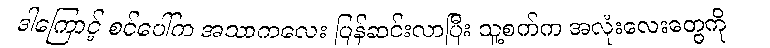
ဒါကြောင့် စင်ပေါ်က အသာကလေး ပြန်ဆင်းလာပြီး သူ့စက်က အလုံးလေးတွေကို